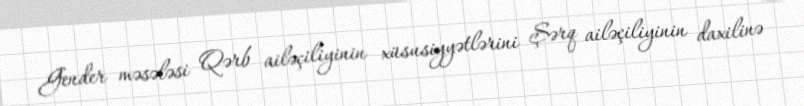
Gender məsələsi Qərb ailəçiliyinin xüsusiyyətlərini Şərq ailəçiliyinin daxilinə